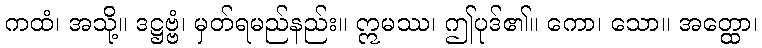
ကထံ၊ အသို့။ ဒဋ္ဌဗ္ဗံ၊ မှတ်ရမည်နည်း။ ဣမဿ၊ ဤပုဒ်၏။ ကော၊ သော။ အတ္ထော၊